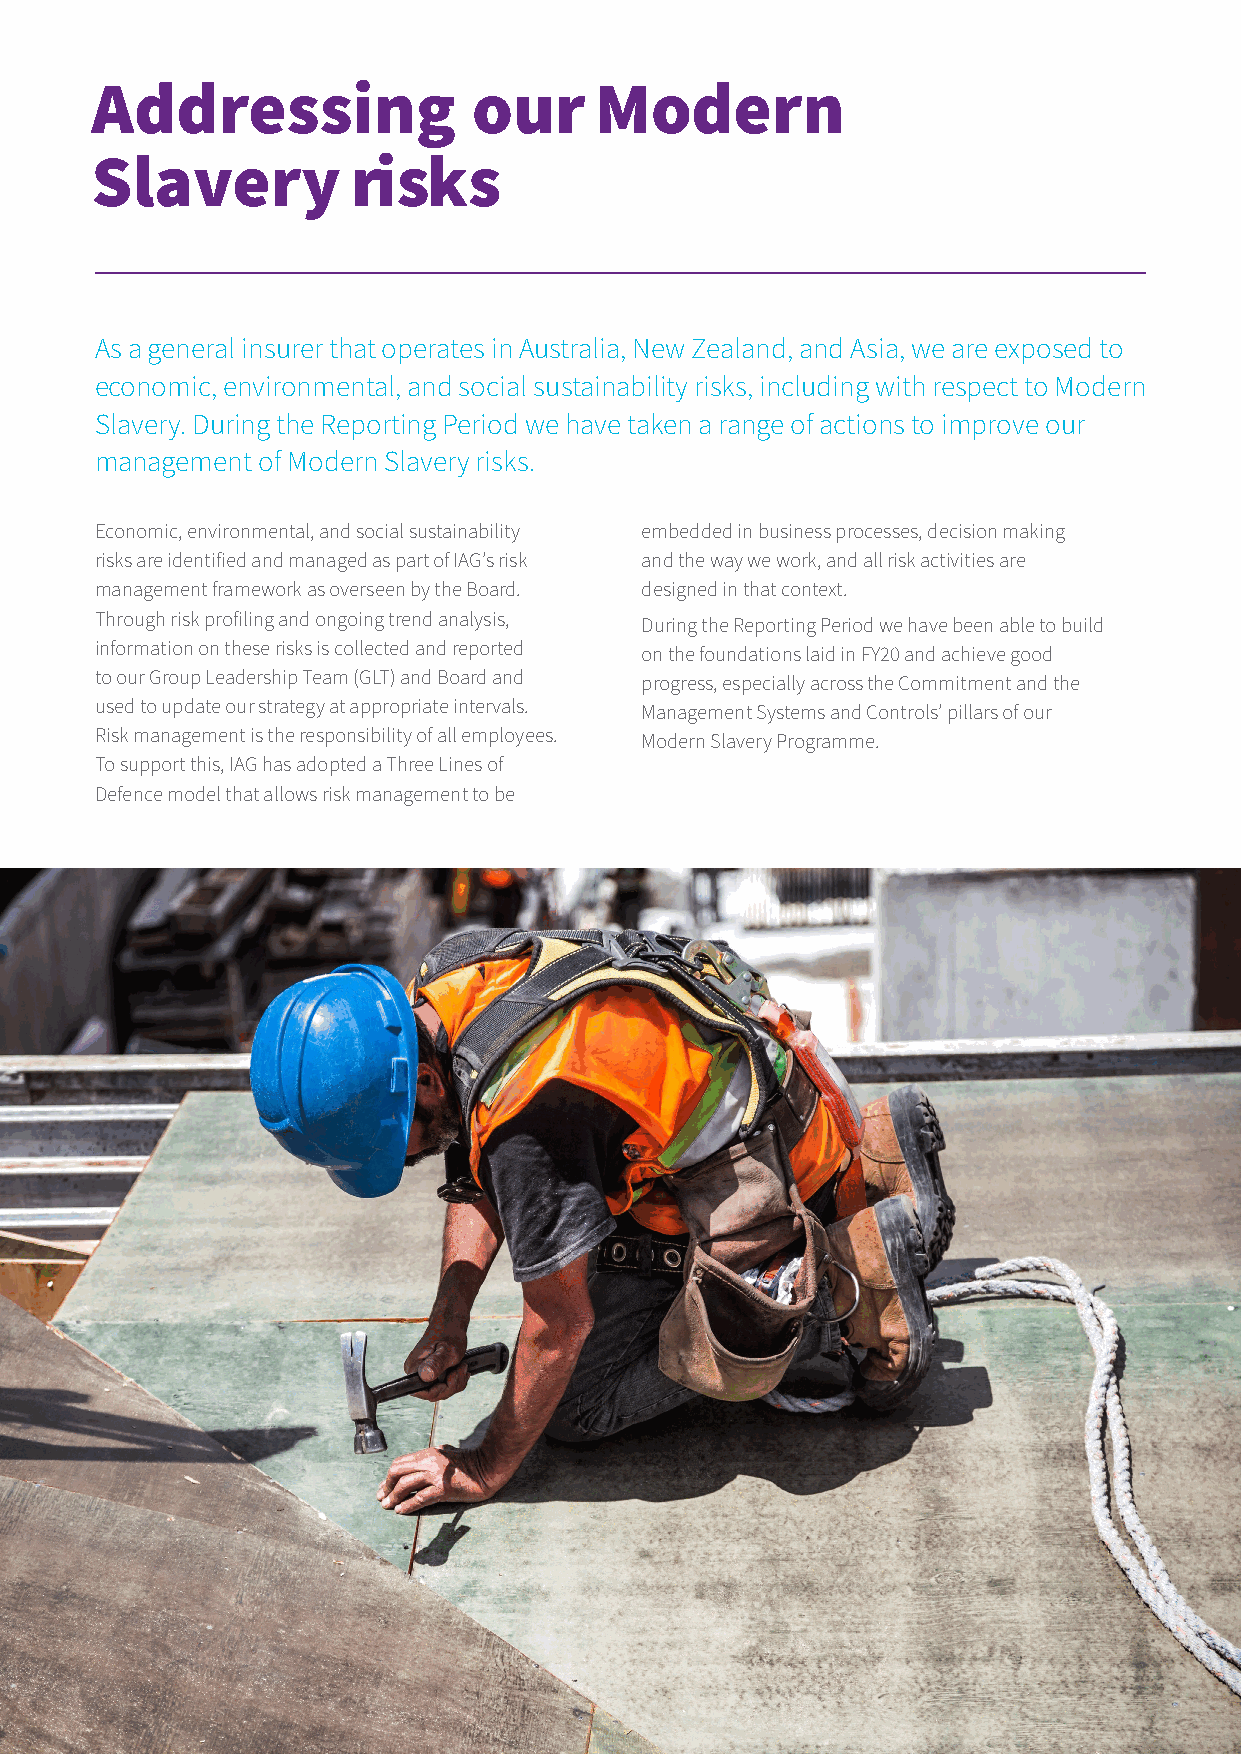
Addressing               our     Modern
 Slavery          risks
 As a general insurer that operates in Australia, New Zealand, and Asia, we are exposed to
 economic, environmental, and social sustainability risks, including with respect to Modern
 Slavery. During the Reporting Period we have taken a range of actions to improve our
 management of Modern Slavery risks.
 Economic, environmental, and social sustainability embedded in business processes, decision making
 risks are identified and managed as part of IAG’s risk and the way we work, and all risk activities are
 management framework as overseen by the Board. designed in that context.
 Through risk profiling and ongoing trend analysis, During the Reporting Period we have been able to build
 information on these risks is collected and reported on the foundations laid in FY20 and achieve good
 to our Group Leadership Team (GLT) and Board and progress, especially across the Commitment and the
 used to update our strategy at appropriate intervals. Management Systems and Controls’ pillars of our
 Risk management is the responsibility of all employees. Modern Slavery Programme.
 To support this, IAG has adopted a Three Lines of
 Defence model that allows risk management to be
 Section 02 | XX November 2021                                        04